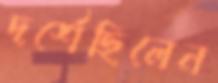
দর্শেছিলেন